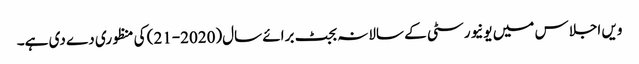
ویں اجلاس میں یونیورسٹی کے سالانہ بجٹ برائے سال(2020-21) کی منظوری دے دی ہے۔